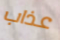
عذاب